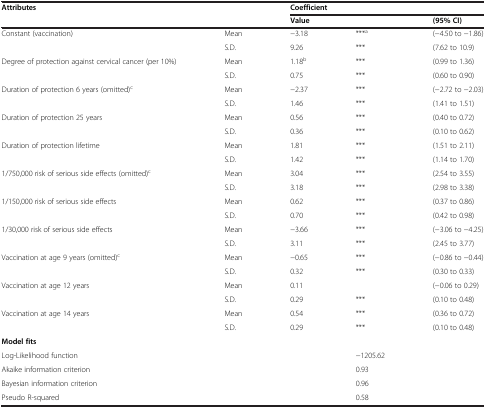
<table><thead><tr><td><b>Attributes</b></td><td><b> </b></td><td colspan="3"><b>Coefficient</b></td></tr><tr><td><b> </b></td><td><b> </b></td><td colspan="2"><b>Value</b></td><td><b>(95% CI)</b></td></tr></thead><tbody><tr><td>Constant (vaccination)</td><td>Mean</td><td>-3.18</td><td>***<sup>a</sup></td><td>(-4.50 to -1.86)</td></tr><tr><td> </td><td>S.D.</td><td>9.26</td><td>***</td><td>(7.62 to 10.9)</td></tr><tr><td>Degree of protection against cervical cancer (per 10%)</td><td>Mean</td><td>1.18<sup>b</sup></td><td>***</td><td>(0.99 to 1.36)</td></tr><tr><td> </td><td>S.D.</td><td>0.75</td><td>***</td><td>(0.60 to 0.90)</td></tr><tr><td>Duration of protection 6 years (omitted)<sup>c</sup></td><td>Mean</td><td>-2.37</td><td>***</td><td>(-2.72 to -2.03)</td></tr><tr><td> </td><td>S.D.</td><td>1.46</td><td>***</td><td>(1.41 to 1.51)</td></tr><tr><td>Duration of protection 25 years</td><td>Mean</td><td>0.56</td><td>***</td><td>(0.40 to 0.72)</td></tr><tr><td> </td><td>S.D.</td><td>0.36</td><td>***</td><td>(0.10 to 0.62)</td></tr><tr><td>Duration of protection lifetime</td><td>Mean</td><td>1.81</td><td>***</td><td>(1.51 to 2.11)</td></tr><tr><td> </td><td>S.D.</td><td>1.42</td><td>***</td><td>(1.14 to 1.70)</td></tr><tr><td>1/750,000 risk of serious side effects (omitted)<sup>c</sup></td><td>Mean</td><td>3.04</td><td>***</td><td>(2.54 to 3.55)</td></tr><tr><td> </td><td>S.D.</td><td>3.18</td><td>***</td><td>(2.98 to 3.38)</td></tr><tr><td>1/150,000 risk of serious side effects</td><td>Mean</td><td>0.62</td><td>***</td><td>(0.37 to 0.86)</td></tr><tr><td> </td><td>S.D.</td><td>0.70</td><td>***</td><td>(0.42 to 0.98)</td></tr><tr><td>1/30,000 risk of serious side effects</td><td>Mean</td><td>-3.66</td><td>***</td><td>(-3.06 to -4.25)</td></tr><tr><td> </td><td>S.D.</td><td>3.11</td><td>***</td><td>(2.45 to 3.77)</td></tr><tr><td>Vaccination at age 9 years (omitted)<sup>c</sup></td><td>Mean</td><td>-0.65</td><td>***</td><td>(-0.86 to -0.44)</td></tr><tr><td> </td><td>S.D.</td><td>0.32</td><td>***</td><td>(0.30 to 0.33)</td></tr><tr><td>Vaccination at age 12 years</td><td>Mean</td><td>0.11</td><td> </td><td>(-0.06 to 0.29)</td></tr><tr><td> </td><td>S.D.</td><td>0.29</td><td>***</td><td>(0.10 to 0.48)</td></tr><tr><td>Vaccination at age 14 years</td><td>Mean</td><td>0.54</td><td>***</td><td>(0.36 to 0.72)</td></tr><tr><td> </td><td>S.D.</td><td>0.29</td><td>***</td><td>(0.10 to 0.48)</td></tr><tr><td><b>Model fits</b></td><td> </td><td> </td><td> </td><td> </td></tr><tr><td>Log-Likelihood function</td><td> </td><td> </td><td>-1205.62</td><td> </td></tr><tr><td>Akaike information criterion</td><td> </td><td> </td><td>0.93</td><td> </td></tr><tr><td>Bayesian information criterion</td><td> </td><td> </td><td>0.96</td><td> </td></tr><tr><td>Pseudo R-squared</td><td> </td><td> </td><td>0.58</td><td> </td></tr></tbody></table>